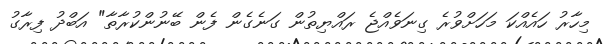
މިހާރު ހައެއްކަ މަހަށްވުރެ ގިނަވެއްޖެ ރައްޔިތުން ގަނެގެން ފެން ބޭނުންކުރާތާ" އަބްދު ފިރާގު